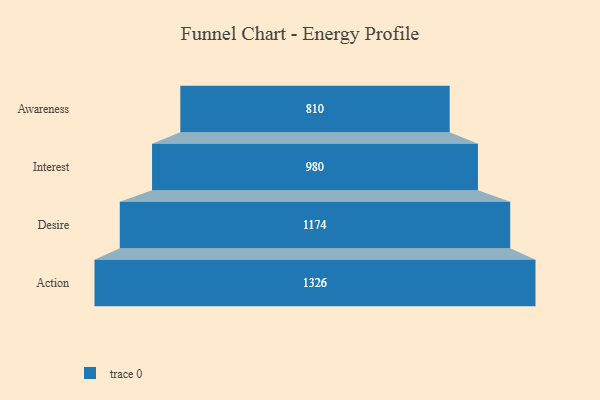
{"axis": {"x": "Stage", "y": "Value"}, "legend": [""], "data": [{"x": "Awareness", "y": 810.0, "type": ""}, {"x": "Interest", "y": 980.0, "type": ""}, {"x": "Desire", "y": 1174.0, "type": ""}, {"x": "Action", "y": 1326.0, "type": ""}]}